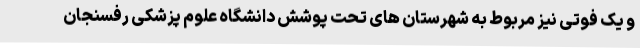
و یک فوتی نیز مربوط به شهرستان های تحت پوشش دانشگاه علوم پزشکی رفسنجان